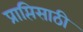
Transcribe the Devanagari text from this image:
प्राप्तिसाठी